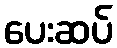
ပေးဆပ်